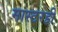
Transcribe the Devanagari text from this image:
मास्टरही